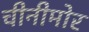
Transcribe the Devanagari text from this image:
चीनीमोर